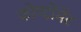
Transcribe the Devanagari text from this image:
कोण्टोंमेंट